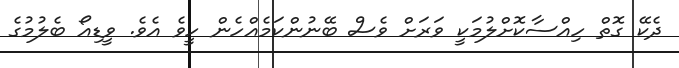
ދެކޭ ގޮތް ހިއްސާކޮށްލުމަކީ ވަރަށް ވެސް ބޭނުންކަމެއްހެން ހީވެ އެވެ. ވީޑިއޯ ބެލުމުގެ